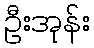
ဦးအုန်း